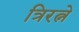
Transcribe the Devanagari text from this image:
त्रिरत्ने